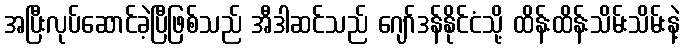
အပြီးလုပ်ဆောင်ခဲ့ပြီဖြစ်သည် အီဒါဆင်သည် ဂျော်ဒန်နိုင်ငံသို့ ထိန်းထိန်းသိမ်းသိမ်းနဲ့